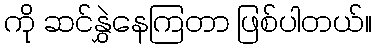
ကို ဆင်နွှဲနေကြတာ ဖြစ်ပါတယ်။